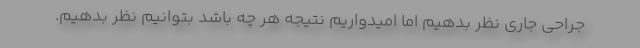
جراحی جاری نظر بدهیم اما امیدواریم نتیجه هر چه باشد بتوانیم نظر بدهیم.